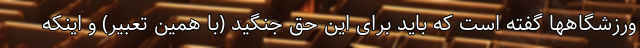
ورزشگاهها گفته است که باید برای این حق جنگید (با همین تعبیر) و اینکه